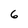
Character: 6